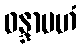
ဝန္ဒာမဟံ